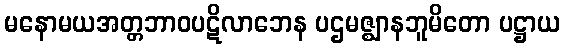
မနောမယအတ္တဘာဝပဋိလာဘေန ပဌမဇ္ဈာနဘူမိတော ပဋ္ဌာယ